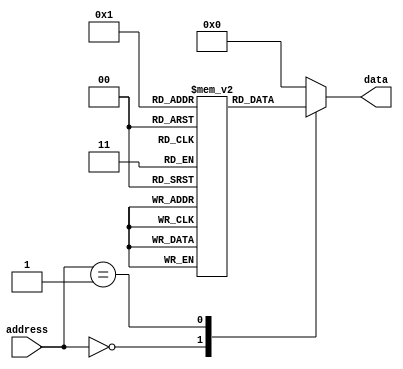
module fuse_rom (
    input wire [7:0] address,
    output reg [7:0] data
);

reg [7:0] memory [0:255]; // 256 locations in memory block

always @(*) begin
    case(address)
        8'b00000000: data = memory[0];
        8'b00000001: data = memory[1];
        // Add more cases for remaining memory locations
        default: data = 8'b0; // Default value if address is invalid
    endcase
end

initial begin
    // Initialize memory block with desired data
    memory[0] = 8'b01010101;
    memory[1] = 8'b11001100;
    // Initialize remaining memory locations with data
end

endmodule